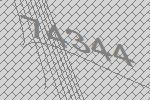
74344